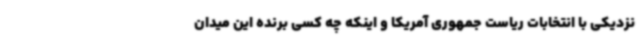
نزدیکی با انتخابات ریاست جمهوری آمریکا و اینکه چه کسی برنده این میدان